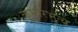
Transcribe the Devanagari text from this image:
कुमारभृत्य